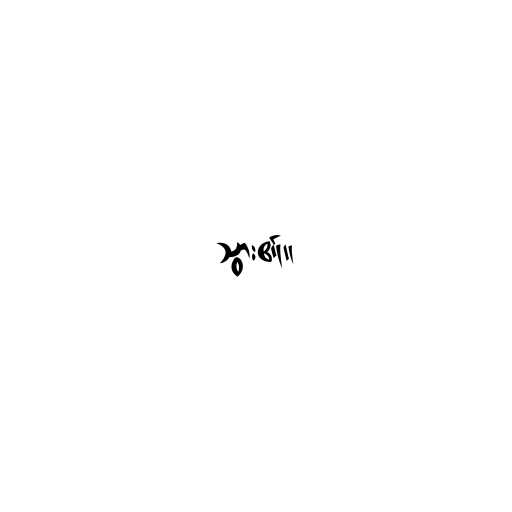
သွား၏။